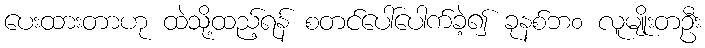
ပေးထားတာဟု ထဲသို့ထည့်ရန် စတင်ပေါ်ပေါက်ခဲ့၍ ခုနစ်ဘ၀ လူမျိုးတဦး